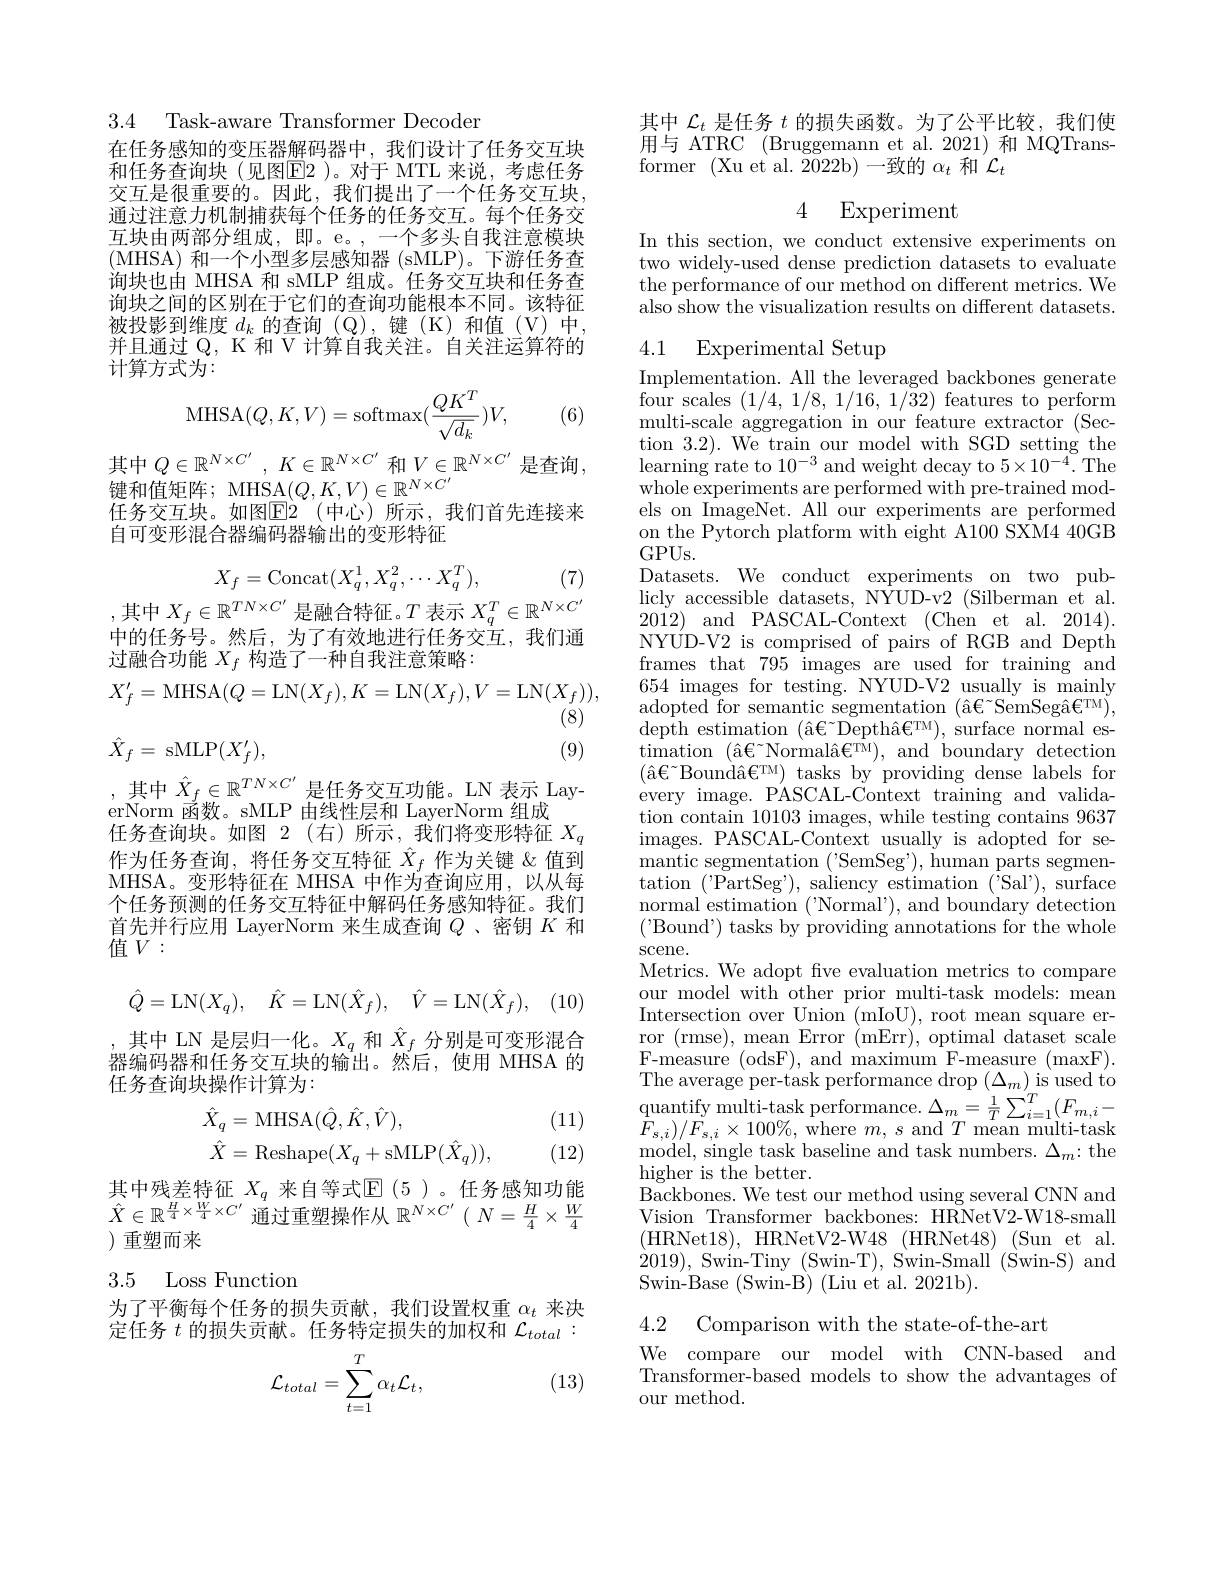
3.4 Task-aware Transformer Decoder

在任务感知的变压器解码器中，我们设计了任务交互块和任务查询块(见图E2 )。对于 MTL 来说，考虑任务交互是很重要的。因此，我们提出了一个任务交互块， 通过注意力机制捕获每个任务的任务交互。每个任务交互块由两部分组成，即。e。,一个多头自我注意模块(MHSA) 和一个小型多层感知器 (sMLP)。下游任务查询块也由 MHSA 和 sMLP 组成。任务交互块和任务查询块之间的区别在于它们的查询功能根本不同。该特征被投影到维度$d_k$的查询(Q),键(K)和值(V)中， 并且通过 Q, K 和 V 计算自我关注。自关注运算符的计算方式为：
$$\mathrm{MHSA}(Q,K,V)=\mathrm{softmax}(\frac{QK^T}{\sqrt{d_k}})V,$$
(6)

其中$Q\in \mathbb{R} ^{N\times C^{\prime }}$ , $K\in \mathbb{R} ^{N\times C^{\prime }}$和$V\in\mathbb{R}^N\times C^{\prime}$是查询，
键和值矩阵；MHSA$(Q,K,V)\in\mathbb{R}^N\times C^{\prime}$
任务交互块。如图$\overline {\mathrm{E} }2$ (中心)所示，我们首先连接来
自可变形混合器编码器输出的变形特征
$$X_f=\mathrm{Concat}(X_q^1,X_q^2,\cdots X_q^T),$$
,其中$X_f\in\mathbb{R}^TN\times C^{\prime}$ 是融合特征。$T$ 表示 $X_q^T\in\mathbb{R}^N\times C^{\prime}$

(7)

中的任务号。然后，为了有效地进行任务交互，我们通
过融合功能$X_f$构造了一种自我注意策略：
$$X_f'=\mathrm{MHSA}(Q=\mathrm{LN}(X_f),K=\mathrm{LN}(X_f),V=\mathrm{LN}(X_f)),$$
(8)

(9)
$$\hat{X}_{f}=\mathrm{~sMLP}(X_{f}^{\prime}),$$
,其中$\hat{X}_f\in\mathbb{R}^{TN\times C^{\prime}}$是任务交互功能。LN表示 Lay-
erNorm $\vec{\vec{\text{函数。sMLP 由线性层和 LayerNorm 组成}}}$
任务查询块。如图 2(右)所示，我们将变形特征$X_q$ 作为任务查询，将任务交互特征$\hat{X}_f$作为关键 &值到MHSA。变形特征在 MHSA 中作为查询应用，以从每个任务预测的任务交互特征中解码任务感知特征。我们首先并行应用 LayerNorm 来生成查询$Q$ 、密钥$K$和值$V:$

(10)
$$\hat Q=\mathrm{LN}(X_q),\quad\hat K=\mathrm{LN}(\hat X_f),\quad\hat V=\mathrm{LN}(\hat X_f),$$
,其中 LN 是层归一化。$X_q$和$\hat{X}_f$分别是可变形混合器编码器和任务交互块的输出。然后，使用 MHSA 的任务查询块操作计算为：
$$\begin{aligned}\hat{X}_{q}&=\mathrm{MHSA}(\hat{Q},\hat{K},\hat{V}),\\\hat{X}&=\mathrm{Reshape}(X_{q}+\mathrm{sMLP}(\hat{X}_{q})),\end{aligned}$$
(11)

(12)

$\begin{array}{l}\text{其中残差特征 }X_q\text{ 来自等式}\mathbb{E}(5)\text{。任务感知功能}\\\hat{X}\in\mathbb{R}^{\frac H4\times\frac W4\times C^{\prime}}\text{ 通过重塑操作从 }\mathbb{R}^{N\times C^{\prime}}(N=\frac H4\times\frac W4\end{array}$
)重塑而来

### 3.5 Loss Functiom

为了平衡每个任务的损失贡献，我们设置权重$\alpha_t$来决定任务$t$的损失贡献。任务特定损失的加权和$\mathcal{L}_{total}:$

(13)
$$\mathcal{L}_{total}=\sum_{t=1}^T\alpha_t\mathcal{L}_t,$$
其中$\mathcal{L}_t$是任务$t$的损失函数。为了公平比较，我们使用与 ATRC (Bruggemann et al.2021)和 MQTransformer (Xu et al. $\bar2022$b)一致的$\alpha_t$ 和$\mathcal{L}_t$

4 Experiment

In this section, we conduct extensive experiments on two widely-used dense prediction datasets to evaluate the performance of our method on different metrics. We $\bar{\text{also show the visualization results on different datasets.}}$

# 4.1 Experimental Setup

Implementation. All the leveraged backbones generate four scales (1/4,1/8,1/16,1/32) features to perform multi-scale aggregation in our feature extractor (Section 3.2). We train our model with SGD setting the learning rate to $10^{-3}$ and weight decay to $5\times10^{-4}.$ The whole experiments are performed with pre-trained models on ImageNet. All our experiments are performed on the Pytorch platform with eight A100 SXM4 40GB $GPUs.$
Datasets. We conduct experiments on two publicly accessible datasets, NYUD-v2 (Silberman et al. 2012) and PASCAL-Context (Chen et al. 2014). NYUD-V2 is comprised of pairs of RGB and Depth frames that 795 images are used for training and 654 images for testing. NYUD-V2 usually is mainly adopted for semantic segmentation $(\hat{\mathrm{a}}\tilde{\mathrm{Є~SemSeg\^{a}€^{TM}}})$, ${\mathrm{depth~estimation~(\^{a}€^{\sim}Depth\^{a}€^{TM}),~surface~normal~es-}}$ timation $( \text{\^ {a}€ \" {N}ormal\^ {a}€ TM}) $, and boundary detection $( \hat{a} {\mathbf{e} }^{\sim }$Bound$\hat{a} {\mathbf{e} }^{\mathrm{TM}}$) tasks by providing dense labels for every image. PASCAL-Context training and validation contain 10103 images, while testing contains 9637 images. PASCAL-Context usually is adopted for semantic segmentation ('SemSeg'), human parts segmentation ('PartSeg'),saliency estimation ('Sal'),surface normal estimation ('Normal'), and boundary detection ('Bound') tasks by providing annotations for the whole $\operatorname{scene}.$
Metrics. We adopt fve evaluation metrics to compare our model with other prior multi-task models: mean Intersection over Union (mIoU), root mean square error (rmse), mean Error (mErr), optimal dataset scale F-measure (odsF), and maximum F-measure (maxF). The average per- task performance drop$\left ( \Delta _{m}\right )$is used to quantify multi- task performance. $\Delta _{m}= \frac 1T\sum _{i= 1}^{T}( F_{m, i}-$ $F_{s, i}) / F_{s, i}\times 100\% $,where $m, s$ and $T$ mean multi- task model, single task baseline and task numbers. $\Delta_m{:}$the higher is the better.
Backbones. We test our method using several CNN and Vision Transformer backbones: HRNetV2-W18-small (HRNet18),HRNetV2-W$48\allowbreak ( {\mathrm{mod}} $HRNet)(Sun et al. 2019), Swin-Tiny (Swin-T), Swin-Small'(Swin-S) and Swin-Base (Swin-B) (Liu et al. 2021b).
4.2 Comparison with the state-of-the-art

We compare our model with CNN-based and Transformer-based models to show the advantages of our method.